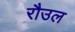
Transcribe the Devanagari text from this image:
रौउल